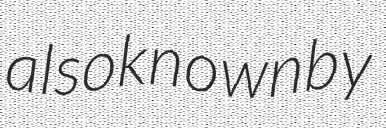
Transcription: also known by